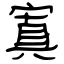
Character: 寘